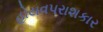
હોયવપરાશકાર